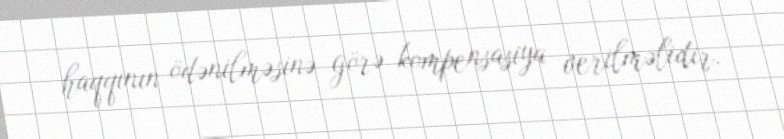
haqqının ödənilməsinə görə kompensasiya verilməlidir.